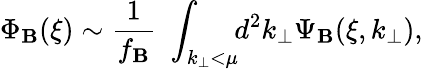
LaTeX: \Phi_{\mathbf{B}}(\xi)\sim\frac{{1}}{{f_{\mathbf{B}}}}\, \, \int_{k_{\perp}<\mu}\! \! d^{2}k_{\perp}\Psi_{\mathbf{B}}(\xi,k_{\perp}),